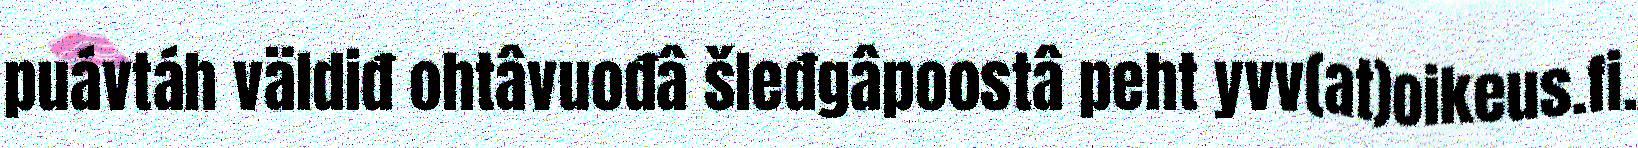
puávtáh väldiđ ohtâvuođâ šleđgâpoostâ peht yvv(at)oikeus.fi.